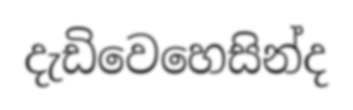
දැඩිවෙහෙසින්ද